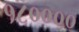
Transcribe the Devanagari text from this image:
१८००००